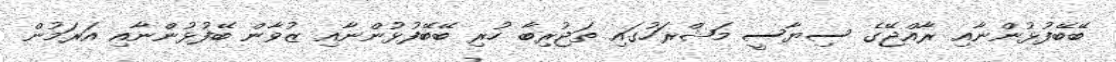
ބޭބޭފުޅުންނާއި ރާއްޖޭގެ ސިޔާސީ މަޝްރަހުގައި ތަޖުރިބާ ހުރި ބޭބޭފުޅުންނާއި ޒުވާން ބޭފުޅުންނާއި އަރަމުން